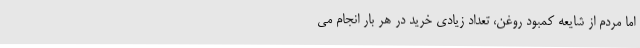
اما مردم از شایعه کمبود روغن، تعداد زیادی خرید در هر بار انجام می